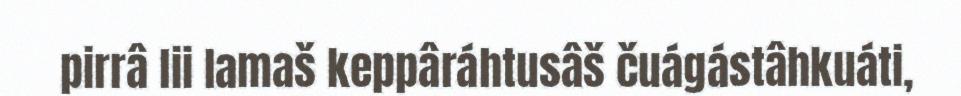
pirrâ lii lamaš keppâráhtusâš čuágástâhkuáti,